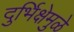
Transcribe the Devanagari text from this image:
दुर्भिक्षेमुळे